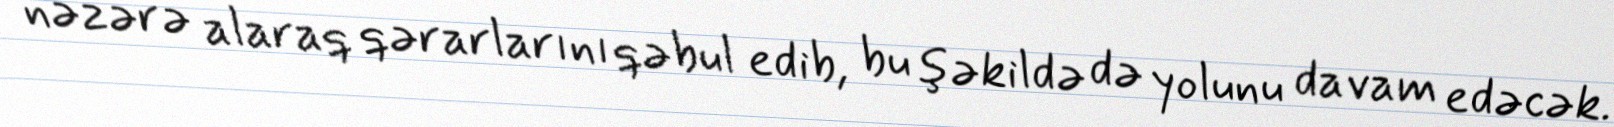
nəzərə alaraq qərarlarını qəbul edib, bu şəkildə də yolunu davam edəcək.